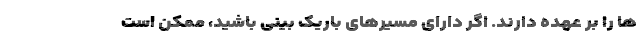
ها را بر عهده دارند. اگر دارای مسیرهای باریک بینی باشید، ممکن است